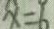
x = 6